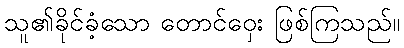
သူ၏ခိုင်ခံ့သော တောင်ဝှေး ဖြစ်ကြသည်။